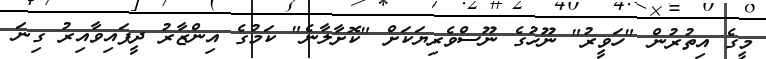
މީގެ އިތުރުން "ހަވީރު" ނޫހުގެ ނޫސްވެރިޔަަކަށް "ކޮށާލާނެ" ކަމުގެ އިންޒާރު ދީފައިވާއިރު ގިނަ